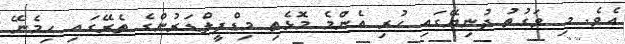
އެވެ. މި ވަގުތު ދުނިޔޭގައި ހުރި އެންމެ މޮޅެތި މިޑްފީލްޑަރުންގެ ތެރޭގައި ހިމެނޭ